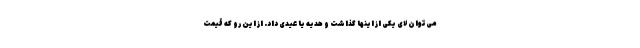
می‌توان لای یکی از اینها گذاشت و هدیه یا عیدی داد. از این رو که قیمت